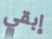
إبقي